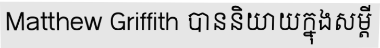
Matthew Griffith បាននិយាយក្នុងសម្តី